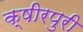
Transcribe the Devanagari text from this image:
क्षीरपुरी